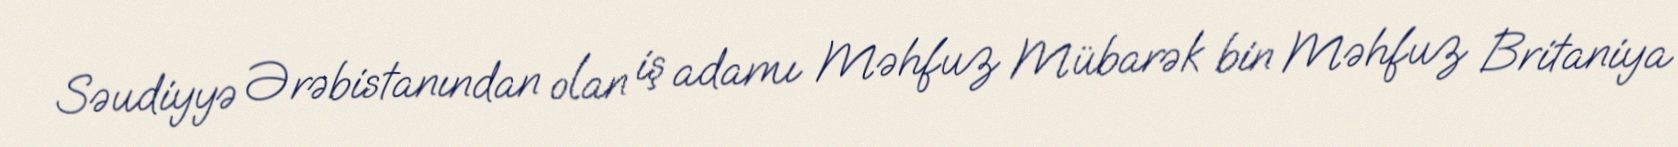
Səudiyyə Ərəbistanından olan iş adamı Məhfuz Mübarək bin Məhfuz Britaniya